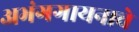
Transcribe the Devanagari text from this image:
अभंगगायनाचे